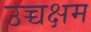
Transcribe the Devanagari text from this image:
उच्चक्षम